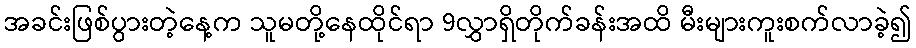
အခင်းဖြစ်ပွားတဲ့နေ့က သူမတို့နေထိုင်ရာ 9လွှာရှိတိုက်ခန်းအထိ မီးများကူးစက်လာခဲ့၍